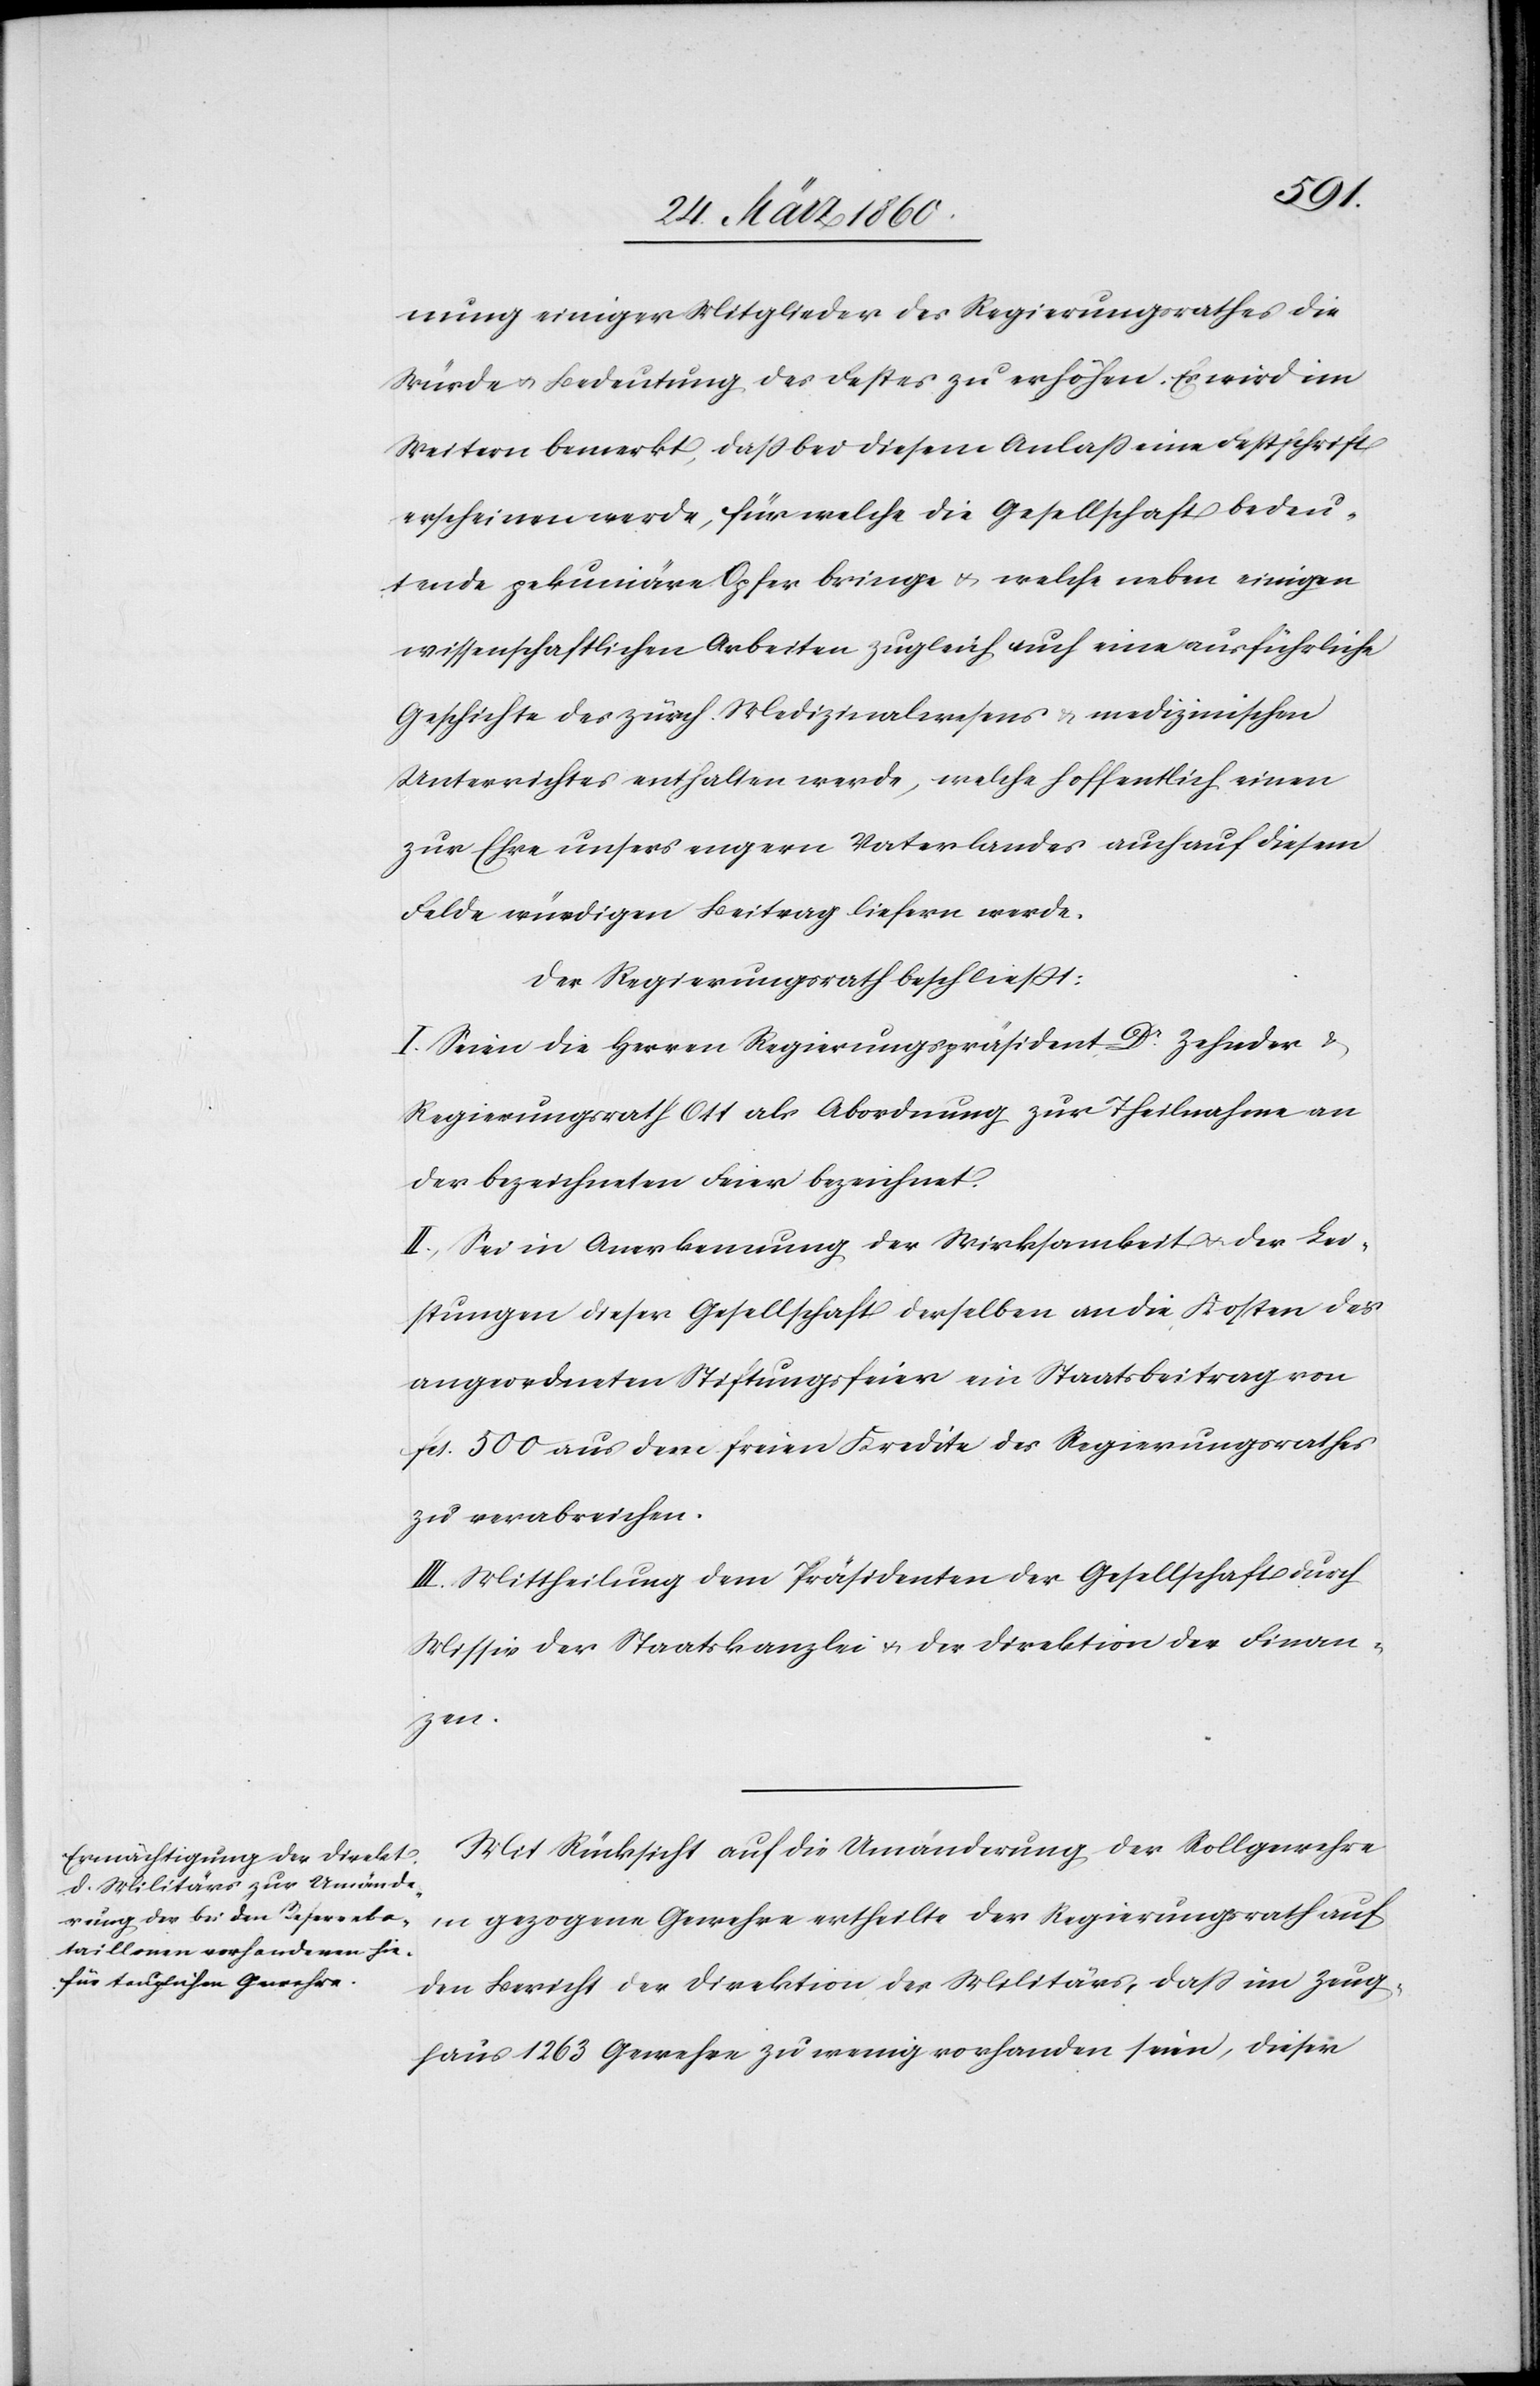
nung einiger Mitglieder des Regierungsrathes die
Würde u. Bedeutung des Festes zu erhöhen. Es wird im
Weitern bemerkt, dass bei diesem Anlass eine Festschrift
erscheinen werde, für welche die Gesellschaft bedeu¬
tende pekuniäre Opfer bringe u. welche neben einigen
wissenschaftlichen Arbeiten zugleich auch eine ausführliche
Geschichte des zürch. Medizinalwesens u. medizinischen
Unterrichtes enthalten werde, welche hoffentlich einen
zur Ehre unsers engern Vaterlandes auch auf diesem
Felde würdigen Beitrag liefern werde.
Der Regierungsrath beschliesst:
I. Seien die Herren Regierungspräsident Dr Zehnder u.
Regierungsrath Ott als Abordnung zur Theilnahme an
der bezeichneten Feier bezeichnet.
II. Sei in Anerkennung der Wirksamkeit u. der Lei¬
stung dieser Gesellschaft derselben an die Kosten der
angeordneten Stiftungsfeier ein Staatsbeitrag von
fcs. 500 aus dem freien Kredite des Regierungsrathes
zu verabreichen.
III. Mittheilung dem Präsident der Gesellschaft durch
Missiv der Staatskanzlei u. der Direktion der Finan¬
zen.
Mit Rücksicht auf die Umänderung der Rollgewehre
in gezogene Gewehre ertheilte der Regierungsrath auf
den Bericht der Direktion des Militärs, dass im Zeug¬
haus 1263 Gewehre zu wenig vorhanden seien, dieser